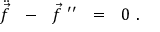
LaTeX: \ddot { \vec { f } } \ \ - \ \ \vec { f } ^ { \ \prime \prime } \ \ = \ \ 0 \ .